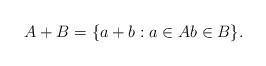
LaTeX: \begin{align*}A+B = \{a+b: a \in A b \in B\}.\end{align*}